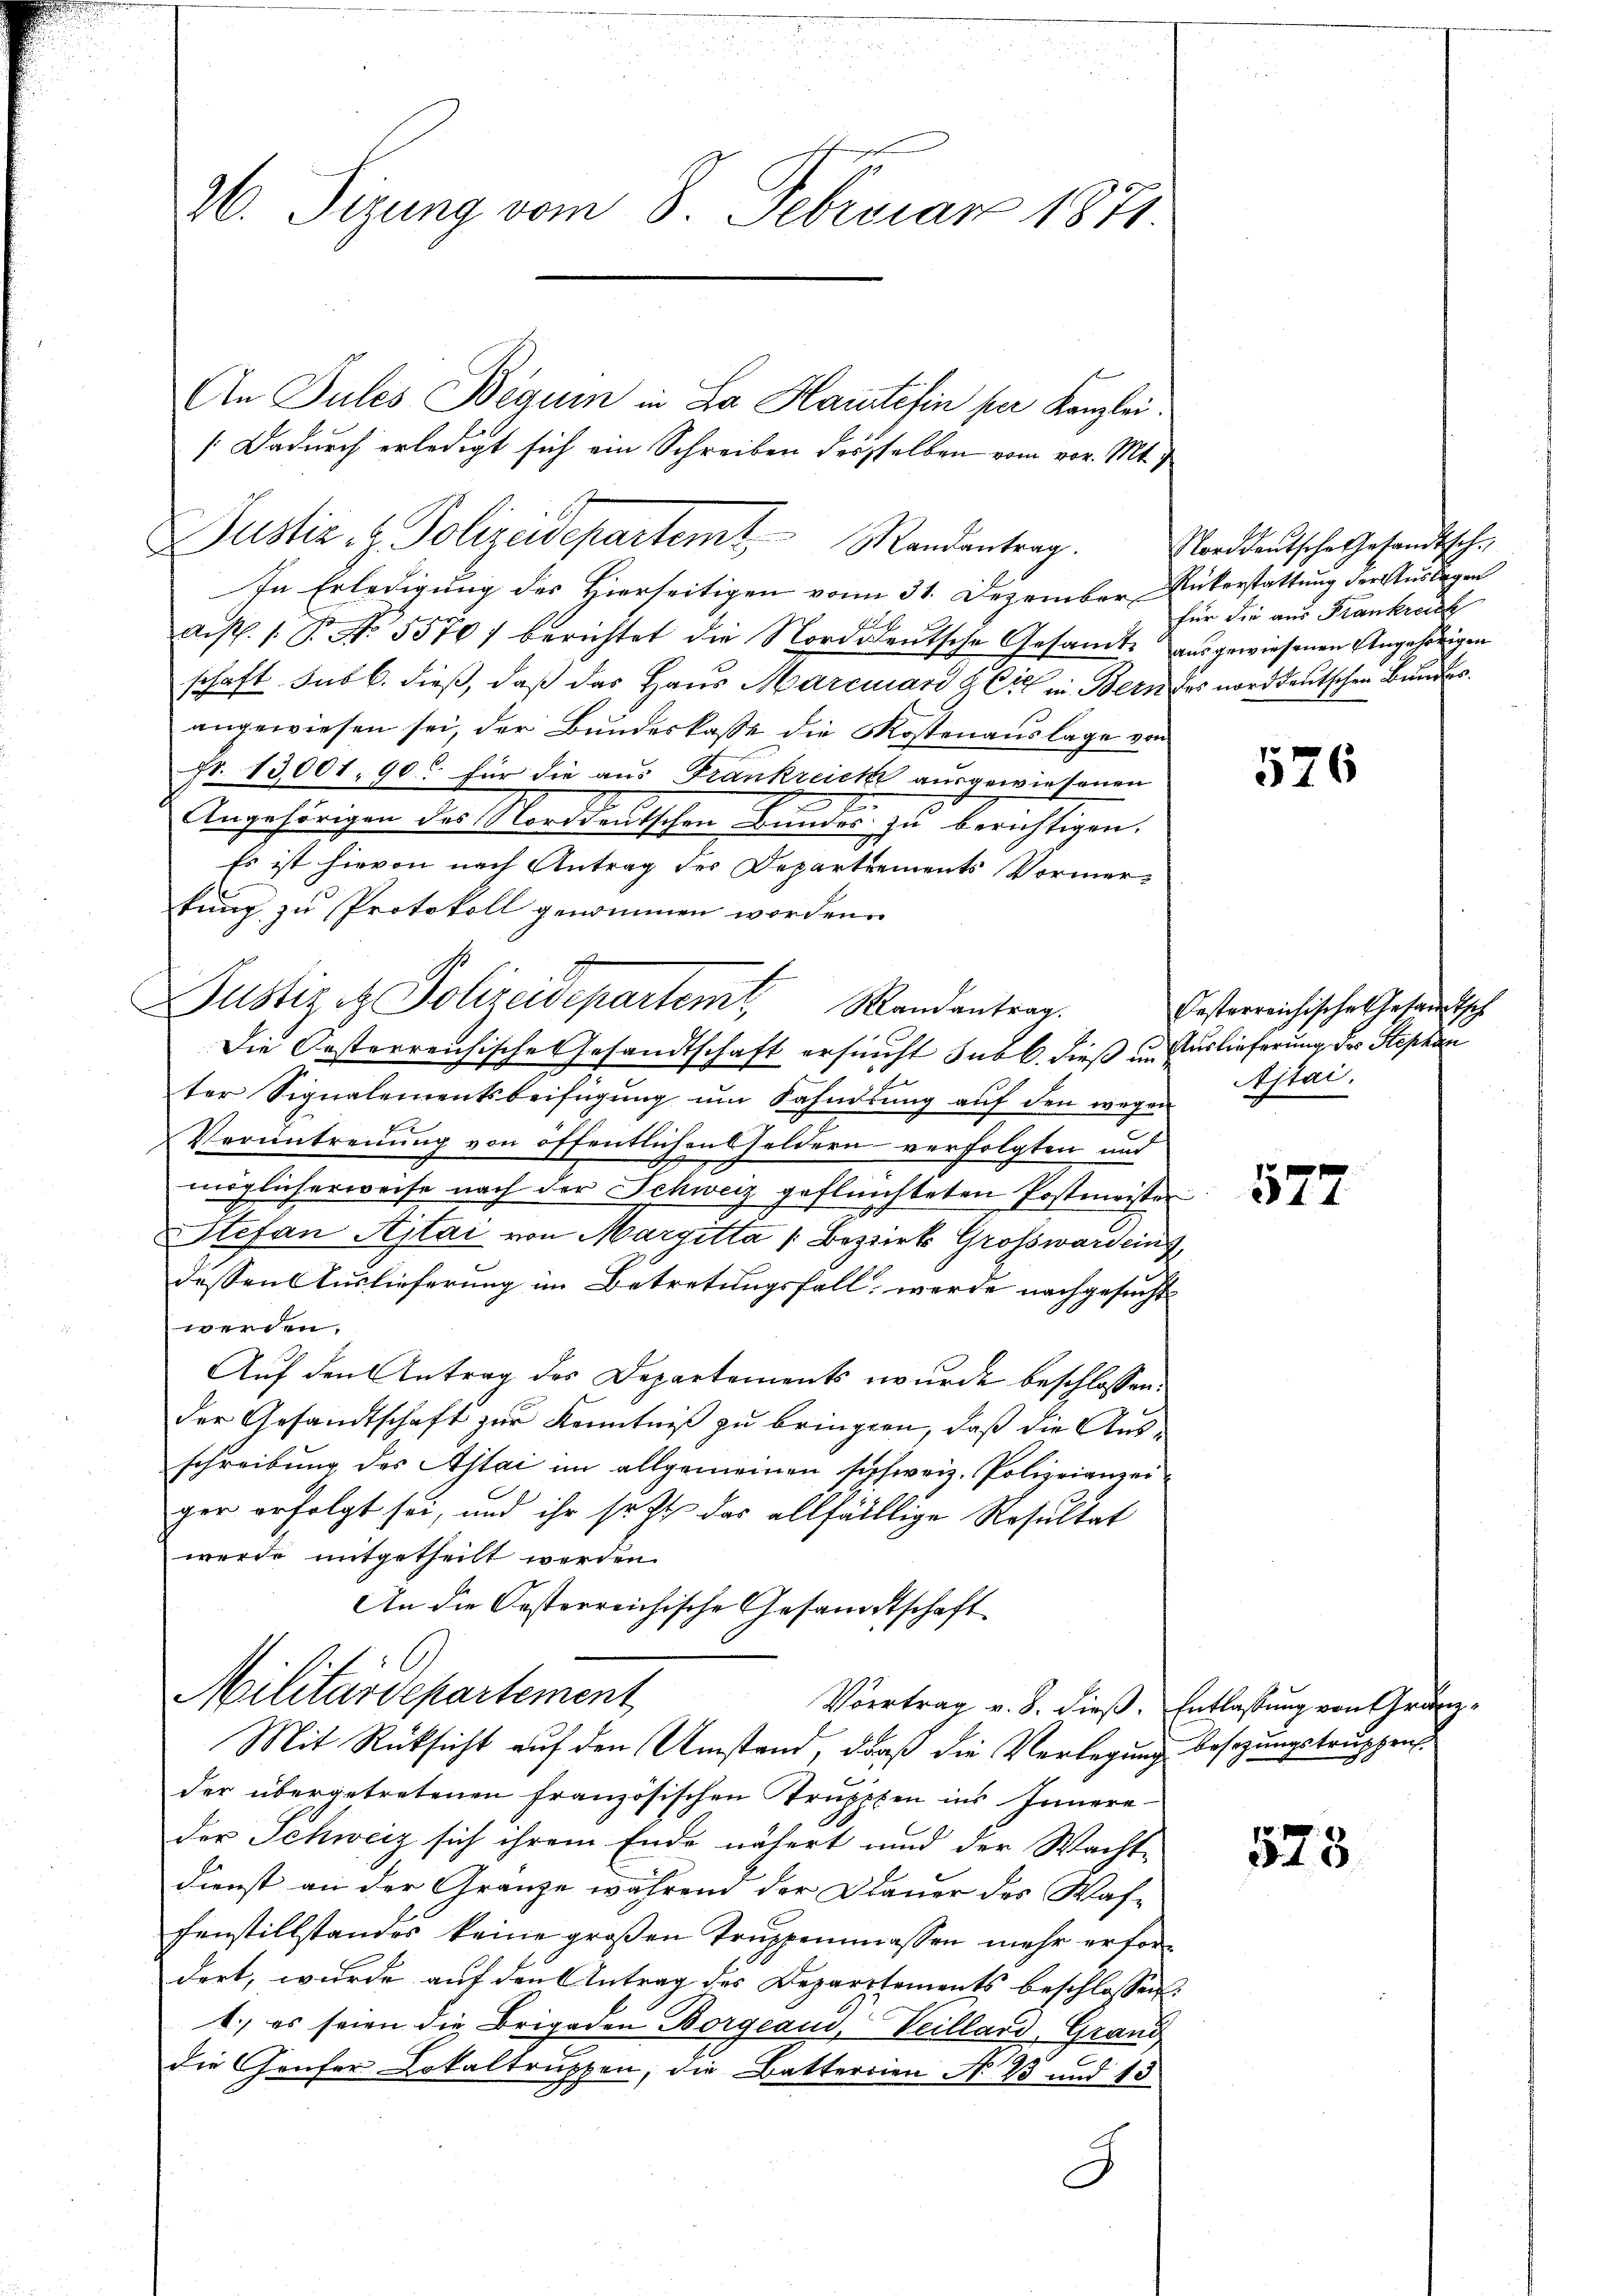
26. Sizung vom 8. Februar 1871

In Erledigung des Hierseitigen vom 31. Dezember Rükerstattung der Auslagen

Aufl. 1. B. No. 5570/ berichtet die Norddeutsche Gesandte ausgewiesenen Angehörigen
schaft sub b. dieß, daß das Haus Marcuari gli in Bern des norddeutschen Bundes.
angewiesen sei, der Bundeskasse die Kostenauslage von
Fr. 13001. 90 für die aus Frankreiche ausgewiesenen
Angehörigen des Norddeutschen Bundes zu berichtigen.
Es ist hievon nach Antrag des Departements Vormerkung zu Protokoll genommen worden.
Die Oesterreichische Gesandtschaft ersucht Subl. dieß in Auslieferung des Stephan
ter Signalementsbeifügung um Sandlung auf den wegen
Verantreuung von öffentlichen Geldern verfolgten und
möglicherweise nach der Schweiz geflüchteten Postmeister
Stefan Sitai von Margitta (Bezirk Großward ein
dessen Auslieferung im Betretungsfall werde nachgesucht
werden.
Auf den Antrag des Departements wurde beschlossen:
der Gesandtschaft zur Kenntniß zu bringen, daß die Ausschreibung des Alai im allgemeinen schweiz. Polizeianzei
ger erfolgt sei, und ihr setzt das allfälltige Resultat
werde mitgetheilt werden.
An die Oesterreichische Gesandtschaft
l

Justiz et Polizeidepartemt. Mandantrag

An Pules Begum in La Haintesin per Kanzlei.
/ Dadurch erledigt sich ein Schreiben desselben vom vor. Mt.

Justiz & Polizeidepartemt Randentrag

Militärdepartement
Mit Rücksicht auf den Umstand, daß die Verlegung besizungstruppens

Vortrag v. 8. dieß. Entlassung von Gränzder übergetretenen französischen Truppen ins Innere
der Schweiz sich ihrem Ende nähert und der Wacht-
Dienst an der Gränze während der Dauer des Was-
fenstillstandes keine großen Truppenmassen mehr erfordert, wurde auf den Antrag des Departements beschlossen:
1.) es seien die Brigaden Borgeaud, Veillard, Grand
die Genfer Lokaltruppen, die Batterrien N. 23 und 13
J

Norddeutsches Gesandtsch.
für die aus Frankreich

526

Oesterreichisches Gesandtsch
Astai.

577

578.